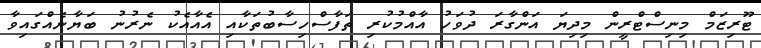
ޓޫރިޒަމް މިނިސްޓްރީން މިދިޔަ އަންގާރަ ދުވަހު އާއްމުކުރި ތަފާސްހިސާބުތަކާއި އެއާއެކު ނެރުނު ބަޔާނެއްގައިވާ